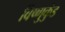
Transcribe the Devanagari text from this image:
विष्णुकुंड